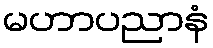
မဟာပညာနံ